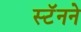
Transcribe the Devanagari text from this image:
स्टॅनने